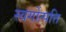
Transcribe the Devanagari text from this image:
स्वर्गोत्पत्ति